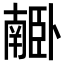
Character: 𦣰